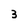
Character: 3